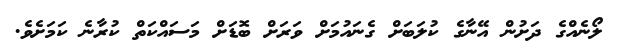
ލޯނެއްގެ ދަށުން އޭނާގެ ކުލަބަށް ގެނައުމަށް ވަރަށް ބޮޑަށް މަސައްކަތް ކުރާނެ ކަމަށެވެ.